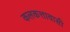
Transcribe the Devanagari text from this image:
कलकत्तावासी